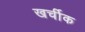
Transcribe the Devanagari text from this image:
खर्चीक